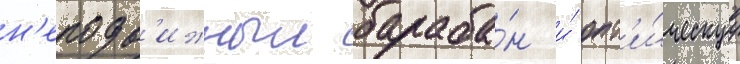
н'еподв'ижныи бараба́н и́ опт'и́ческуу